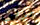
ترني